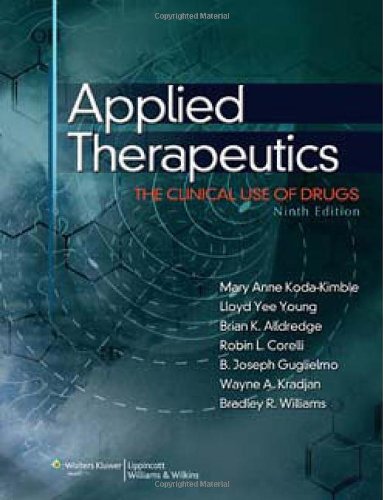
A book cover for Applied Therapeutics: The Clinical Use of Drugs (Point (Lippincott Williams & Wilkins)); Medical Books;